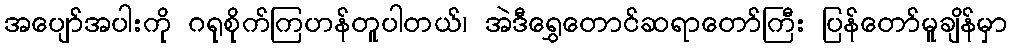
အပျော်အပါးကို ဂရုစိုက်ကြဟန်တူပါတယ်၊ အဲဒီရွှေတောင်ဆရာတော်ကြီး ပြန်တော်မူချိန်မှာ